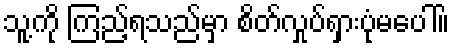
သူ့ကို ကြည့်ရသည်မှာ စိတ်လှုပ်ရှားပုံမပေါ်။